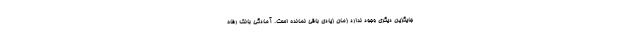
جایگزین دیگری وجود ندارد زمان زیادی باقی نمانده است. آمادگی بانک رفاه